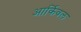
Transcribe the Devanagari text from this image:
आर्किवल